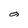
Character: a